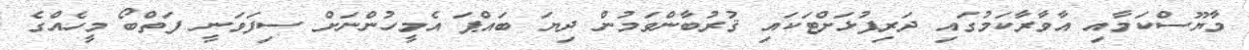
މާޔޫސްކަމާއި އާވާރާކަމުގައި ދަރިފުޅަށްޓަކައި ޤުރުބާންވަމުން ދިޔަ ބައްޕަ އެމީހުންނަށް ސިފަވަނީ ފަތްބޯ މީހެއްގެ